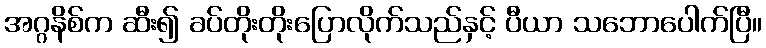
အဂ္ဂနိစ်က ဆီး၍ ခပ်တိုးတိုးပြောလိုက်သည်နှင့် ပီယာ သဘောပေါက်ပြီ။